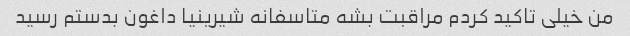
من خیلی تاکید کردم مراقبت بشه متاسفانه شیرینیا داغون بدستم رسید